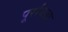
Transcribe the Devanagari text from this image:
पूरयिता